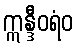
ဣန္ဒီဝရံဝ